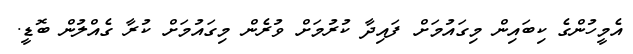
އެމީހުންގެ ކިބައިން މިގައުމަށް ފައިދާ ކުރުމަށް ވުރެން މިގައުމަށް ކުރާ ގެއްލުން ބޮޑީ.